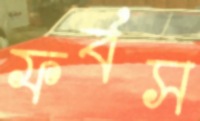
ফর্বস